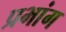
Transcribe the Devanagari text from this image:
प्रभांग